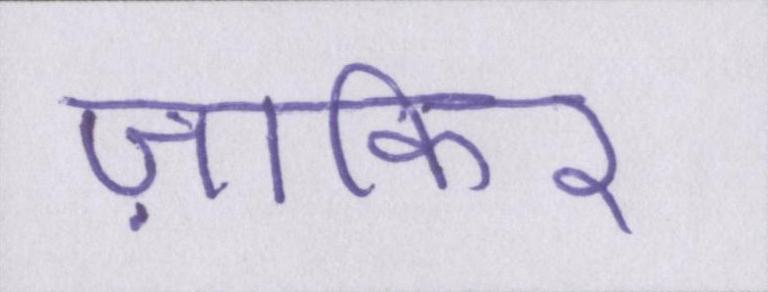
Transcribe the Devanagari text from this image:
ज़ाकिर